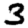
Digit: 3